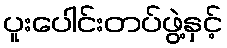
ပူးပေါင်းတပ်ဖွဲ့နှင့်